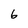
Character: 6